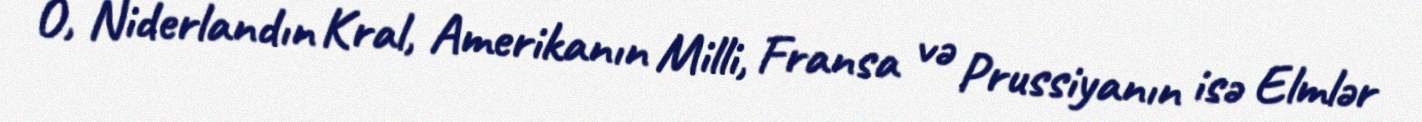
O, Niderlandın Kral, Amerikanın Milli, Fransa və Prussiyanın isə Elmlər